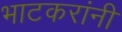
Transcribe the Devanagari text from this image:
भाटकरांनी